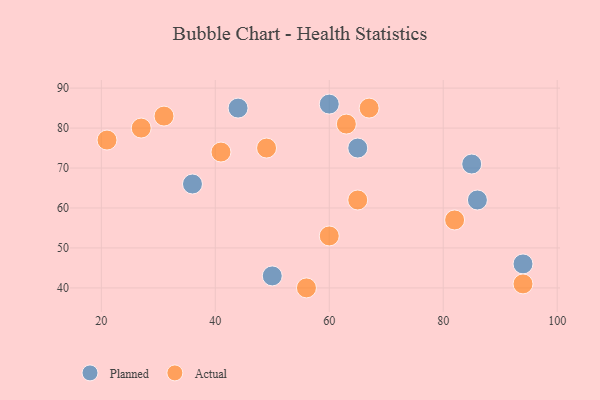
{"axis": {"x": "GDP", "y": "Life Expectancy"}, "legend": ["Actual", "Planned"], "data": [{"x": "65", "y": 75, "type": "Planned"}, {"x": "44", "y": 85, "type": "Planned"}, {"x": "94", "y": 46, "type": "Planned"}, {"x": "86", "y": 62, "type": "Planned"}, {"x": "60", "y": 86, "type": "Planned"}, {"x": "50", "y": 43, "type": "Planned"}, {"x": "85", "y": 71, "type": "Planned"}, {"x": "36", "y": 66, "type": "Planned"}, {"x": "65", "y": 62, "type": "Actual"}, {"x": "67", "y": 85, "type": "Actual"}, {"x": "63", "y": 81, "type": "Actual"}, {"x": "41", "y": 74, "type": "Actual"}, {"x": "49", "y": 75, "type": "Actual"}, {"x": "82", "y": 57, "type": "Actual"}, {"x": "27", "y": 80, "type": "Actual"}, {"x": "56", "y": 40, "type": "Actual"}, {"x": "21", "y": 77, "type": "Actual"}, {"x": "31", "y": 83, "type": "Actual"}, {"x": "94", "y": 41, "type": "Actual"}, {"x": "60", "y": 53, "type": "Actual"}]}